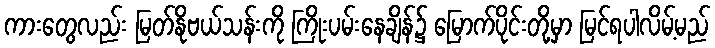
ကားတွေလည်း မြတ်နိုဗယ်သန်းကို ကြိုးပမ်းနေချိန်၌ မြောက်ပိုင်းတို့မှာ မြင်ရပါလိမ့်မည်